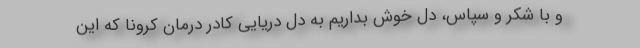
و با شکر و سپاس، دل خوش بداریم به دل دریایی کادر درمان کرونا که این